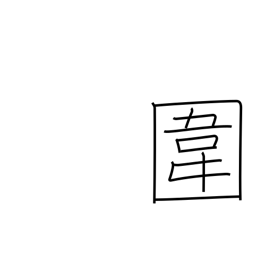
Meaning: preserve